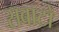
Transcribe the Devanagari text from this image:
सबाटो